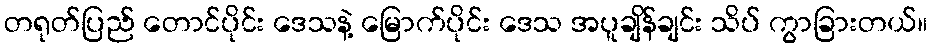
တရုတ်ပြည် တောင်ပိုင်း ဒေသနဲ့ မြောက်ပိုင်း ဒေသ အပူချိန်ချင်း သိပ် ကွာခြားတယ်။